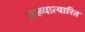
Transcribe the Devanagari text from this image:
अख्यात्यारित